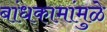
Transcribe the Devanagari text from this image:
बांधकामांमुळे